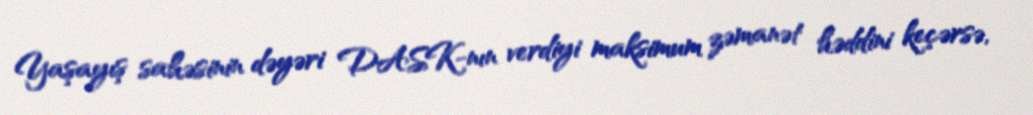
Yaşayış sahəsinin dəyəri DASK-nın verdiyi maksimum zəmanət həddini keçərsə,